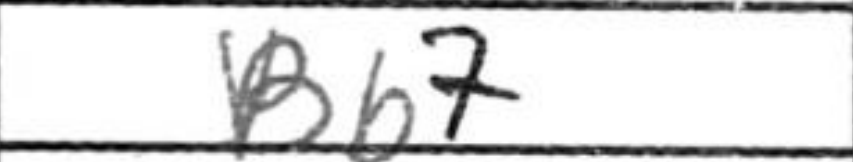
Transcription: Bb7